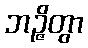
ဘဉ္ဇိတွာ